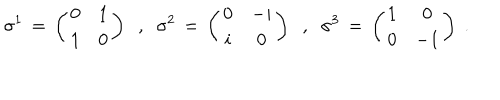
\sigma ^ { 1 } \, = \, \left( \begin{array} { c c } { { 0 } } & { { 1 } } \\ { { 1 } } & { { 0 } } \\ \end{array} \right) \; \; , \; \; \sigma ^ { 2 } \, = \, \left( \begin{array} { c c } { { 0 } } & { { - i } } \\ { { i } } & { { 0 } } \\ \end{array} \right) \; \; , \; \; \sigma ^ { 3 } \, = \, \left( \begin{array} { c c } { { 1 } } & { { 0 } } \\ { { 0 } } & { { - 1 } } \\ \end{array} \right) \; .